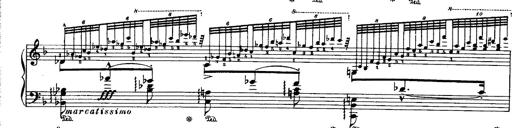
Title: Paraphrase de concert sur Ernani II
Composer: Franz Liszt